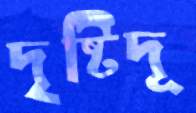
দৃষ্টিদূ